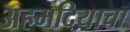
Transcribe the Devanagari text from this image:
अहमदियाचा